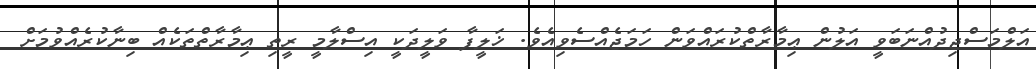
އަލްމަސްޖިދުއްނަބަވީ އަލުން ޢިމާރާތްކުރައްވަން ހަމަޖެއްސެވިއެވެ. ޚަލީފާ ވަލީދަކީ އިސްލާމީ ރީތި ޢިމާރާތްތަކެއް ބިނާކުރެއްވުމަށް